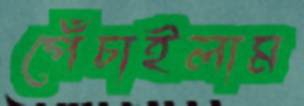
পেঁচাইলাম